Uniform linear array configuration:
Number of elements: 24
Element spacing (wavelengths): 1
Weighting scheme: binomial
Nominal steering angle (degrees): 30
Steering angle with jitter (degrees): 29.295
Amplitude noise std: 0.05
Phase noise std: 0.05

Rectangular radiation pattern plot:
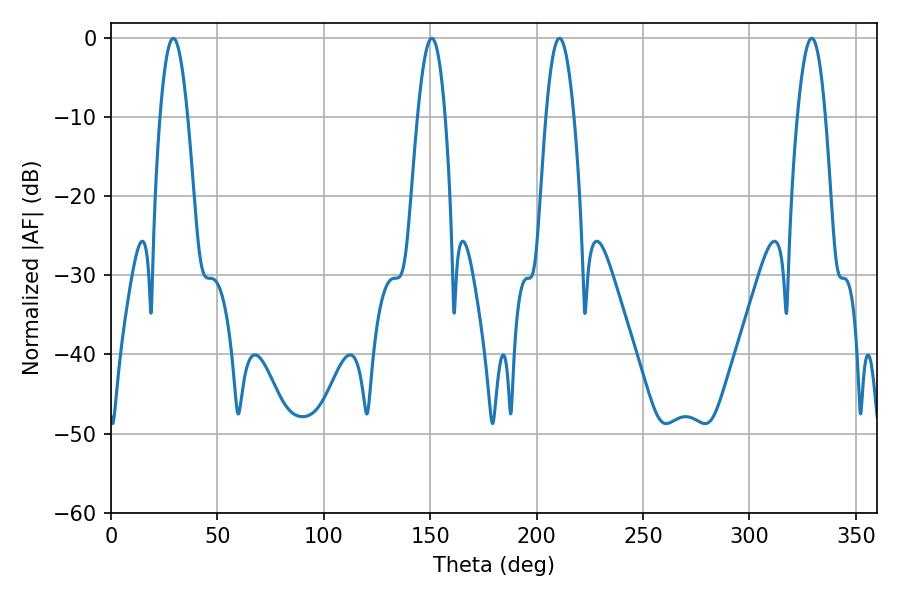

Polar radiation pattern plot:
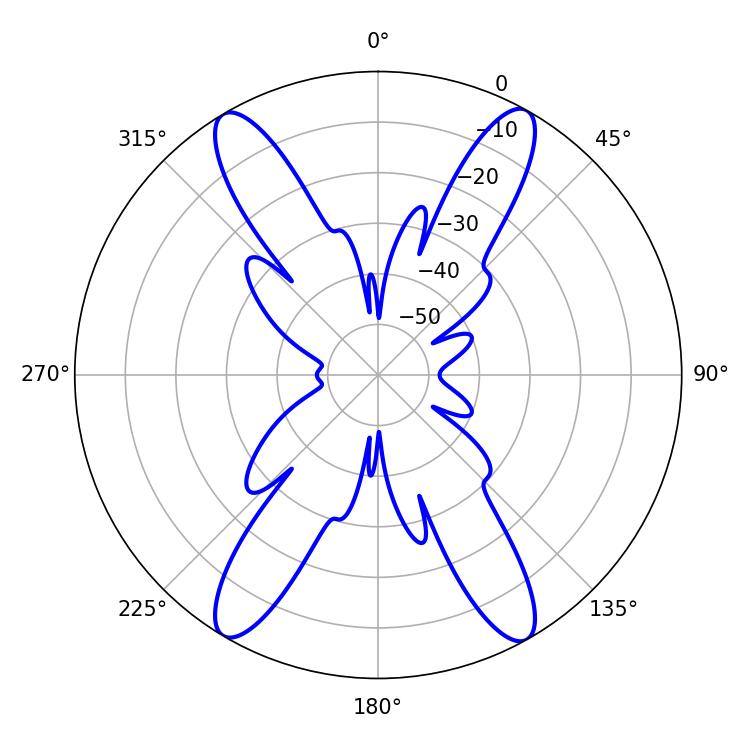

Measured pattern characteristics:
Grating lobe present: TRUE
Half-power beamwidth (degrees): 7.2
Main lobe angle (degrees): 210.78